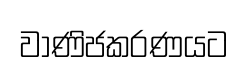
වාණිජකරණයට